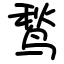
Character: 鹙